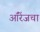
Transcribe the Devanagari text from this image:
ऑरेंजचा